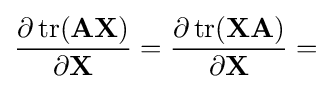
{\frac {\partial \operatorname {tr} (\mathbf {AX} )}{\partial \mathbf {X} }}={\frac {\partial \operatorname {tr} (\mathbf {XA} )}{\partial \mathbf {X} }}=